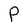
Character: P